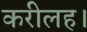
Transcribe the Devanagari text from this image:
करीलह।